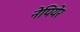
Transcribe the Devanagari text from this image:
नेपियेर